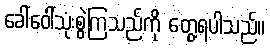
ခေါ်ဝေါ်သုံးစွဲကြသည်ကို တွေ့ရပါသည်။